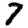
Digit: 7